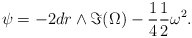
\begin{align*} \psi = - 2dr \wedge \Im (\Omega) - \frac{1}{4} \frac{1}{2} \omega^2.\end{align*}